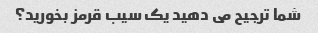
شما ترجیح می دهید یک سیب قرمز بخورید؟